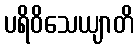
ပရိဝိသေယျာတိ